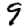
Digit: 9